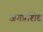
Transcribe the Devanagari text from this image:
जगप्रशिद्द